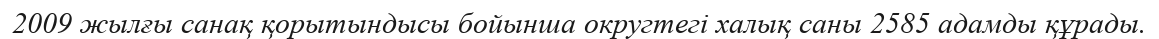
2009 жылғы санақ қорытындысы бойынша округтегі халық саны 2585 адамды құрады.